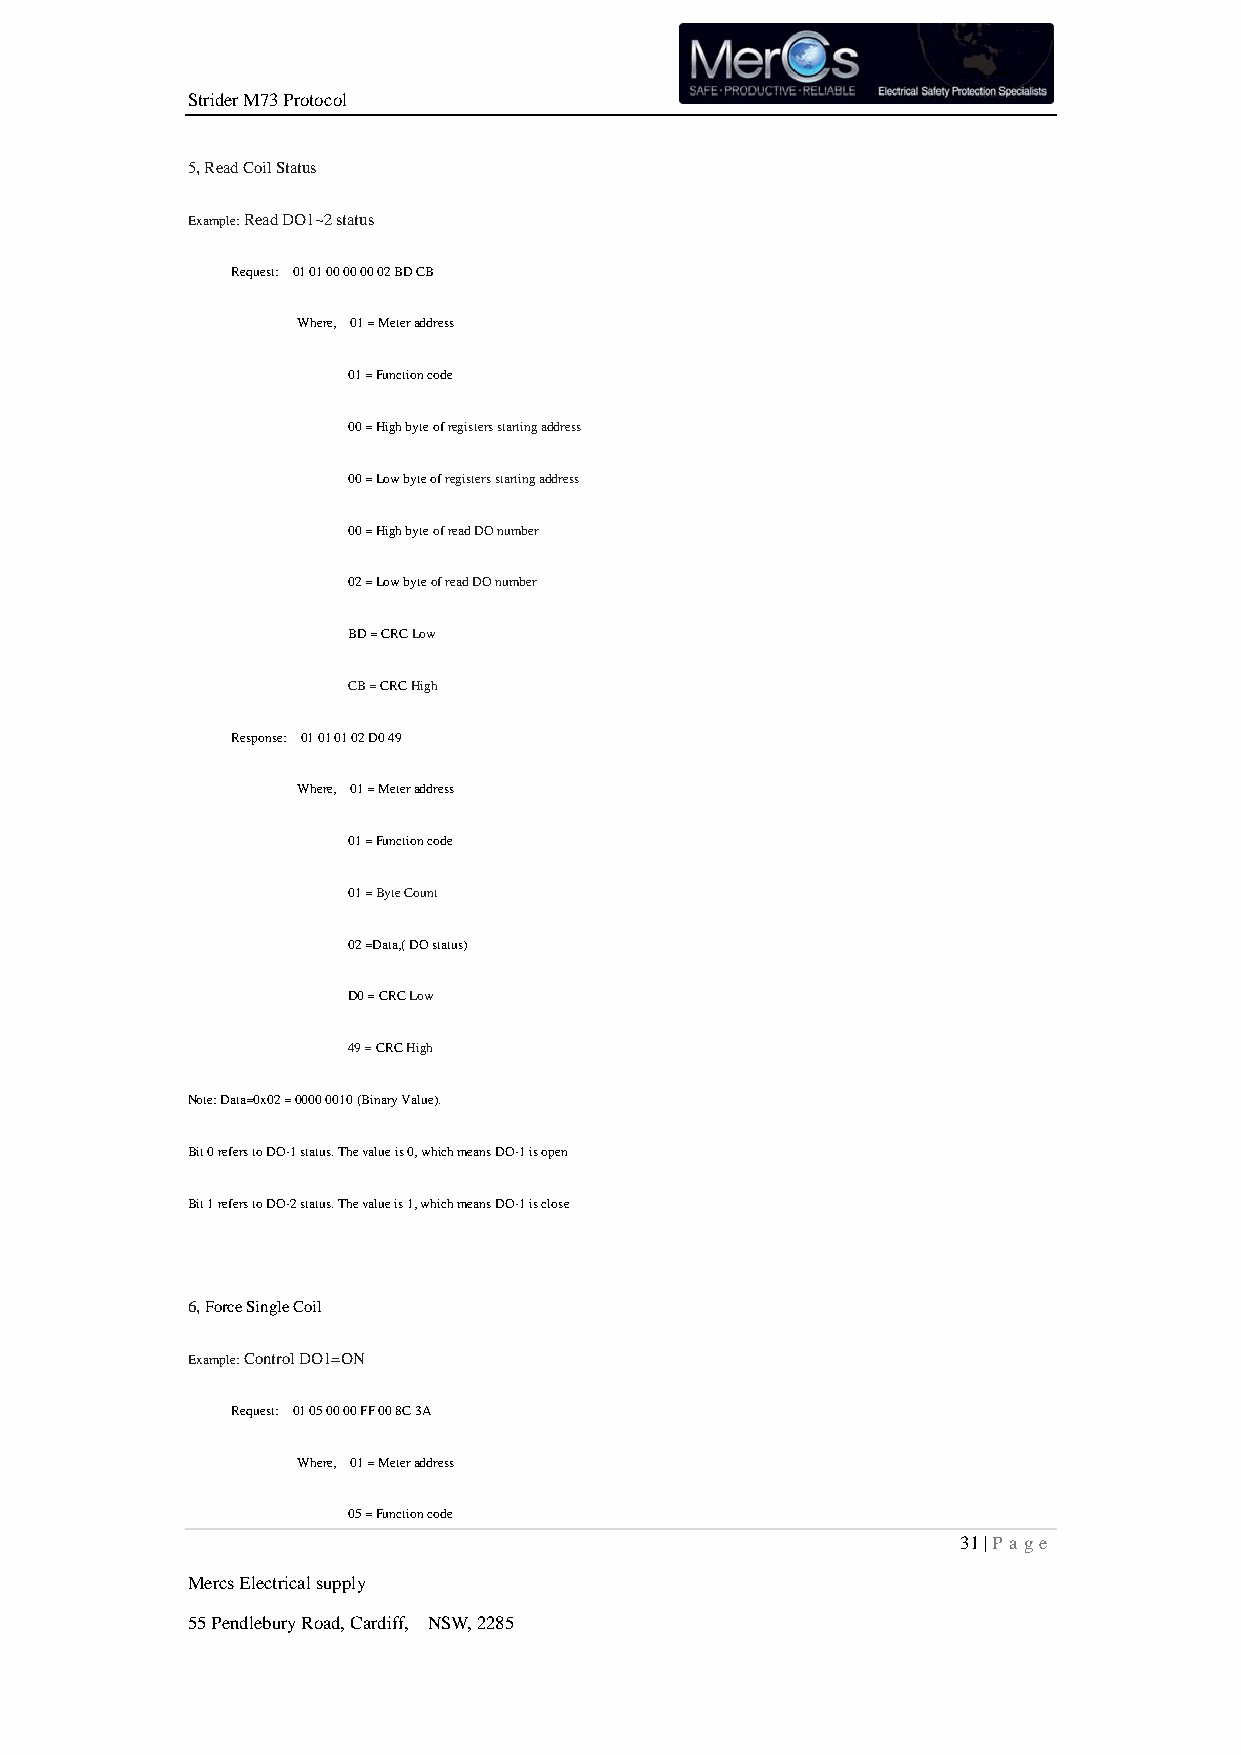
Strider M73 Protocol
 5, Read Coil Status
 Example: Read DO1~2 status
 Request: 01 01 00 00 00 02 BD CB
 Where, 01 = Meter address
 01 = Function code
 00 = High byte of registers starting address
 00 = Low byte of registers starting address
 00 = High byte of read DO number
 02 = Low byte of read DO number
 BD = CRC Low
 CB = CRC High
 Response: 01 01 01 02 D0 49
 Where, 01 = Meter address
 01 = Function code
 01 = Byte Count
 02 =Data,( DO status)
 D0 = CRC Low
 49 = CRC High
 Note: Data=0x02 = 0000 0010 (Binary Value).
 Bit 0 refers to DO-1 status. The value is 0, which means DO-1 is open
 Bit 1 refers to DO-2 status. The value is 1, which means DO-1 is close
 6, Force Single Coil
 Example: Control DO1=ON
 Request: 01 05 00 00 FF 00 8C 3A
 Where, 01 = Meter address
 05 = Function code
 31 | P age
 Mercs Electrical supply
 55 Pendlebury Road, Cardiff, NSW, 2285